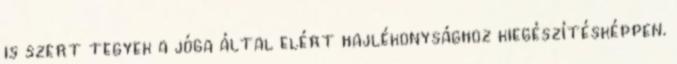
is szert tegyek a jóga által elért hajlékonysághoz kiegészítésképpen.